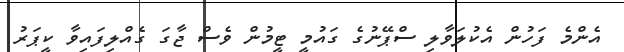
އެންމެ ފަހުން އެކުލަވާލި ސްޕޭނުގެ ގައުމީ ޓީމުން ވެސް ޖާގަ ގެއްލިފައިވާ ކީޕަރު